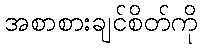
အစာစားချင်စိတ်ကို